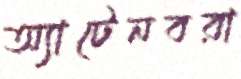
অ্যাটেনবরা